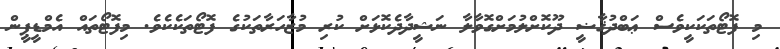
މި ފޮޓޯތަކަކީވެސް ޢަބްދުޤާޟީ ދޫކޮށްލުމަށްގޮވާލާ ނަޝީދާދެކޮޅަށް ކުރި މުޒާހަރާތަކުގެ ފޮޓޯތަކެކެވެ. މިފޮޓޯތައް އެމްޑީޕީން